Indian journal of veterinary science and animal husbandry - Volume 13,
Year: 1943
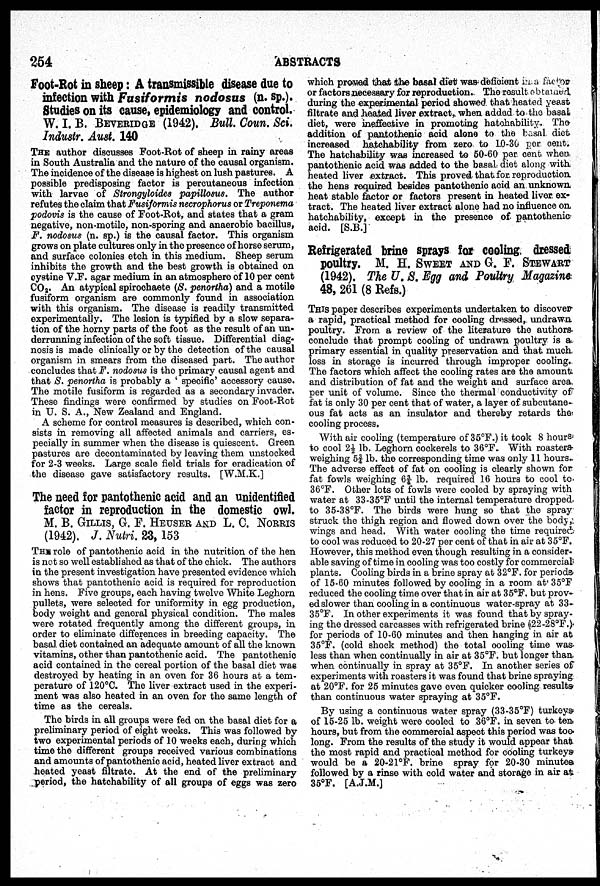
254
ABSTRACTS
Foot-Rot in sheep: A transmissible disease due to
infection with Fusiformis
nodosus (n. sp.).
Studies on its cause, epidemiology and control.
W. I. B. BEVERIDGE (1942). Bull. Coun. Sci.
Industr. Aust. 140
THE author discusses Foot-Rot of sheep in rainy areas
in South Australia and the nature of the causal organism.
The incidence of the disease is highest on lush pastures. A
possible predisposing factor is percutaneous infection
with larvae of Strongyloides papillosus. The author
refutes the claim that Fusiformis necrophorus or Treponema
podovis is the cause of Foot-Rot, and states that a gram
negative, non-motile, non-sporing and anaerobic bacillus,
F. nodosus (n. sp.) is the causal factor. This organism
grows on plate cultures only in the presence of horse serum,
and surface colonies etch in this medium. Sheep serum
inhibits the growth and the best growth is obtained on
cystine V.F. agar medium in an atmosphere of 10 per cent
CO 2 . An atypical spirochaete (S. penortha) and a motile
fusiform organism are commonly found in association
with this organism. The disease is readily transmitted
experimentally. The lesion is typified by a slow separa-
tion of the horny parts of the foot as the result of an un-
derrunning infection of the soft tissue. Differential diag-
nosis is made clinically or by the detection of the causal
organism in smears from the diseased part. The author
concludes that F. nodosus is the primary causal agent and
that S. penortha is probably a ' specific' accessory cause.
The motile fusiform is regarded as a secondary invader.
These findings were confirmed by studies on Foot-Rot
in U. S. A., New Zealand and England.
A scheme for control measures is described, which con-
sists in removing all affected animals and carriers, es-
pecially in summer when the disease is quiescent. Green
pastures are decontaminated by leaving them unstocked
for 2-3 weeks. Large scale field trials for eradication of
the disease gave satisfactory results. [W.M.K.]
The need for pantothenic acid and an unidentified
factor in reproduction in the domestic owl.
M. B. GILLIS, G. F. HEUSER AND L. C. NORRIS
(1942). J. Nutri. 23, 153
THE role of pantothenic acid in the nutrition of the hen
is not so well established as that of the chick. The authors
in the present investigation have presented evidence which
shows that pantothenic acid is required for reproduction
in hens. Five groups, each having twelve White Leghorn
pullets, were selected for uniformity in egg production,
body weight and general physical condition. The males
were rotated frequently among the different groups, in
order to eliminate differences in breeding capacity. The
basal diet contained an adequate amount of all the known
vitamins, other than pantothenic acid. The pantothenic
acid contained in the cereal portion of the basal diet was
destroyed by heating in an oven for 36 hours at a tem-
perature of 120°C. The liver extract used in the experi-
ment was also heated in an oven for the same length of
time as the cereals.
The birds in all groups were fed on the basal diet for a
preliminary period of eight weeks. This was followed by
two experimental periods of 10 weeks each, during which
time the different groups received various combinations
and amounts of pantothenic acid, heated liver extract and
heated yeast filtrate. At the end of the preliminary
period, the hatchability of all groups of eggs was zero
which proved that the basal diet was deficient in a factor
or factors necessary for reproduction. The result obtained
during the experimental period showed that heated yeast
filtrate and heated liver extract, when added to the basal
diet, were ineffective in promoting hatchability. The
addition of pantothenic acid alone to the basal diet
increased hatchability from zero to 10-30 per cent.
The hatchability was increased to 50-60 per cent when
pantothenic acid was added to the basal diet along with
heated liver extract. This proved that for reproduction
the hens required besides pantothenic acid an. unknown
heat stable factor or factors present in heated liver ex-
tract. The heated liver extract alone had no influence on,
hatchability, except in the presence of pantothenic-
acid. [S.B.]
Refrigerated brine sprays for cooling dressed
poultry. M. H. SWEET AND G. F. STEWART
(1942). The U. S. Egg and Poultry Magazine
48, 261 (8 Refs.)
THIS paper describes experiments undertaken to discover
a rapid, practical method for cooling dressed, undrawn
poultry. From a review of the literature the authors
conclude that prompt cooling of undrawn poultry is a
primary essential in quality preservation and that much
loss in storage is incurred through improper cooling.
The factors which affect the cooling rates are the amount
and distribution of fat and the weight and surface area
per unit of volume. Since the thermal conductivity of
fat is only 30 per cent that of water, a layer of subcutane-
ous fat acts as an insulator and thereby retards the
cooling process.
With air cooling (temperature of 35°F.) it took 8 hours
to cool 2½ lb. Leghorn cockerels to 36°F. With roasters
weighing 53/4 lb. the corresponding time was only 11 hours.
The adverse effect of fat on cooling is clearly shown for
fat fowls weighing 63/4 lb. required 16 hours to cool to
36°F. Other lots of fowls were cooled by spraying with
water at 33-35°F until the internal temperature dropped
to 35-38°F. The birds were hung so that the spray
struck the thigh region and flowed down over the body,
wings and head. With water cooling the time required
to cool was reduced to 20-27 per cent of that in air at 35°F.
However, this method even though resulting in a consider-
able saving of time in cooling was too costly for commercial
plants. Cooling birds in a brine spray at 32°F. for periods
of 15-60 minutes followed by cooling in a room at 35°F
reduced the cooling time over that in air at 35°F. but prov-
ed slower than cooling in a continuous water-spray at 33-
35°F. In other experiments it was found that by spray-
ing the dressed carcasses with refrigerated brine (22-28°F.)
for periods of 10-60 minutes and then hanging in air at
35°F. (cold shock method) the total cooling time was-
less than when continually in air at 35°F. but longer than
when continually in spray at 35°F. In another series of
experiments with roasters it was found that brine spraying
at 20°F. for 25 minutes gave even quicker cooling results
than continuous water spraying at 35°F.
By using a continuous water spray (33-35°F) turkeys
of 15-25 lb. weight were cooled to 36°F. in seven to ten
hours, but from the commercial aspect this period was too-
long. From the results of the study it would appear that
the most rapid and practical method for cooling turkeys
would be a 20-21°F. brine spray for 20-30 minutes
followed by a rinse with cold water and storage in air at
35°F. [A.J.M.]